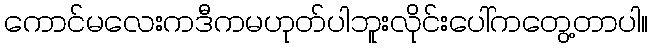
ကောင်မလေးကဒီကမဟုတ်ပါဘူးလိုင်းပေါ်ကတွေ့တာပါ။